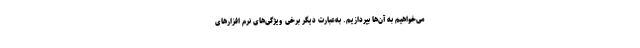
می‌خواهیم به آن‌ها بپردازیم. به‌عبارت دیگر برخی ویژگی‌های نرم افزارهای